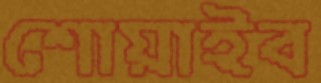
শোয়াইব